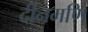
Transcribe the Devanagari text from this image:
दीनमणि